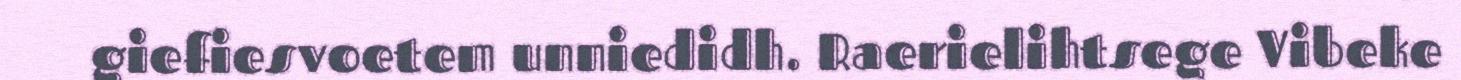
giefiesvoetem unniedidh. Raerielihtsege Vibeke